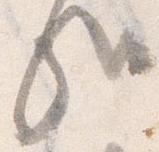
哉